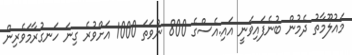
މައުލޫމާތު ދެމުން ބުނެފައިވަނީ އައި.އެސްގެ 800 ނުވަތަ 1000 އަށްވުރެ ގިނަ ހަނގުރާމަވެރިން